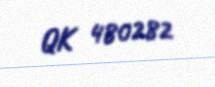
QK 480282